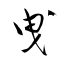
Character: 曳